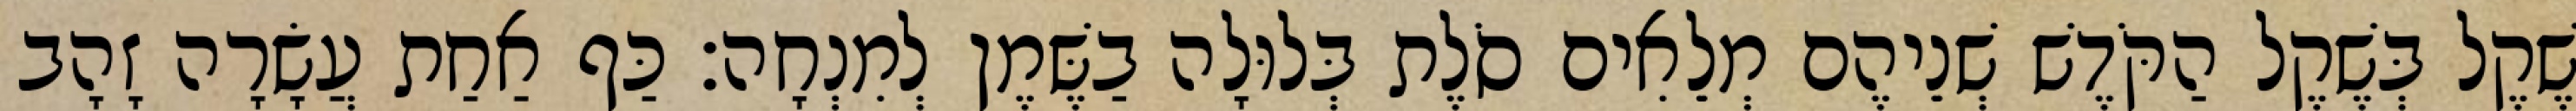
שֶׁקֶל בְּשֶׁקֶל הַקֹּדֶשׁ שְׁנֵיהֶם מְלֵאִים סֹלֶת בְּלוּלָה בַשֶּׁמֶן לְמִנְחָה׃ כַּף אַחַת עֲשָׂרָה זָהָב